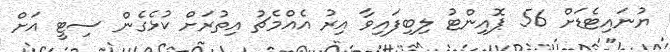
ޔުނައިޓެޑަށް 56 ޕޮއިންޓު ލިބިފައިވާ އިރު އެއްމެޗު އިތުރަށް ކުޅެގެން ސިޓީ އަށް